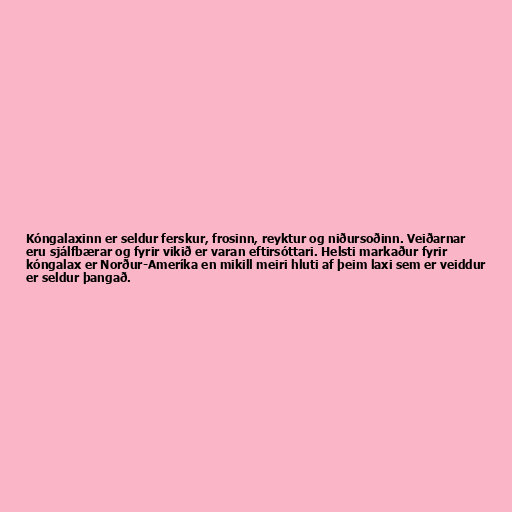
Kóngalaxinn er seldur ferskur, frosinn, reyktur og niðursoðinn. Veiðarnar
eru sjálfbærar og fyrir vikið er varan eftirsóttari. Helsti markaður fyrir
kóngalax er Norður-Ameríka en mikill meiri hluti af þeim laxi sem er veiddur
er seldur þangað.